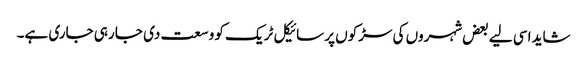
شاید اسی لیے بعض شہروں کی سڑکوں پر سائیکل ٹریک کو وسعت دی جا رہی جاری ہے۔